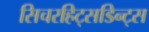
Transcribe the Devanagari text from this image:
सिचरहिट्सडिन्ट्स